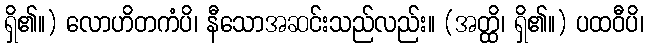
ရှိ၏။) လောဟိတကံပိ၊ နီသောအဆင်းသည်လည်း။ (အတ္ထိ၊ ရှိ၏။) ပထဝီပိ၊